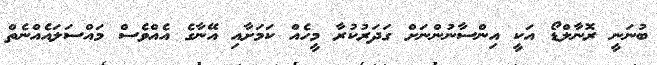
ބުނަނީ ރޮނާލްޑޯ އަކީ އިންސާނުންނަށް ގަދަރުކުރާ މީހެއް ކަމަށާއި އޭނާގެ އެއްވެސް މައްސަލައެއްނެތް